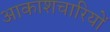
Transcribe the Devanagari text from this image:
आकाशचारियों